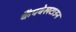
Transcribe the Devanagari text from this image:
कैंपबेलटाउन